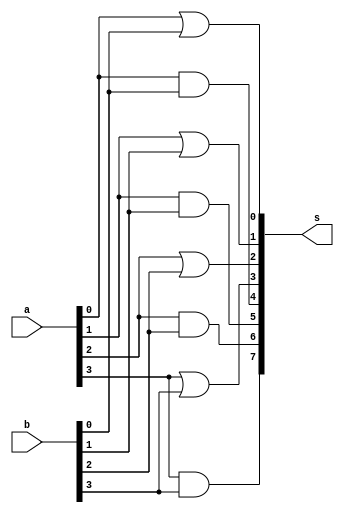
// -------------------------
// Exemplo0031 - F2
// Nome: talo Guimares Otoni
// -------------------------

module F2 (output [7:0]s, input [3:0]a, input[3:0]b);

or or0 (s[0],a[0],b[0]);
or or1 (s[1],a[1],b[1]);
or or2 (s[2],a[2],b[2]);
or or3 (s[3],a[3],b[3]);

and and0 (s[4],a[0],b[0]);
and and1 (s[5],a[1],b[1]);
and and2 (s[6],a[2],b[2]);
and and3 (s[7],a[3],b[3]);

endmodule

module TESTEF2;

reg [3:0]x;
reg [3:0]y;
wire [7:0]z;

initial begin
x='b0000;
y='b0000;
end

F2 portas (z,x,y);

initial begin

$display("Exercicio0031 - talo Guimares Otoni - 451581");
$display("\n");

$monitor("x & y = %b    x | y =  %b",z[7:4],z[3:0]);
#1 x='b0001;
#1 x='b0000;y='b0011;
#1 x='b1111;


end
endmodule